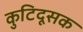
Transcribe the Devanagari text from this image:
कुटिदूसक